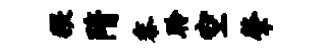
猥隋黍聆空肇